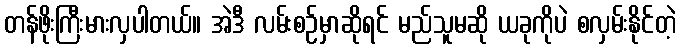
တန်ဖိုးကြီးမားလှပါတယ်။ အဲဒီ လမ်းစဉ်မှာဆိုရင် မည်သူမဆို ယခုကိုပဲ စလှမ်းနိုင်တဲ့